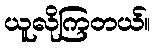
ယူလိုကြတယ်။